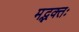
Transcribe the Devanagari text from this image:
मद्भक्तः